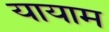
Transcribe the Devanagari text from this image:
यायाम